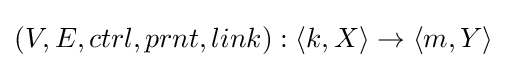
(V,E,ctrl,prnt,link):\langle k,X\rangle \to \langle m,Y\rangle